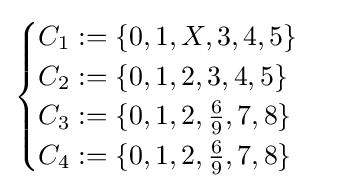
{\begin{cases}C_{1}:=\{0,1,X,3,4,5\}\\C_{2}:=\{0,1,2,3,4,5\}\\C_{3}:=\{0,1,2,{\tfrac {6}{9}},7,8\}\\C_{4}:=\{0,1,2,{\tfrac {6}{9}},7,8\}\\\end{cases}}